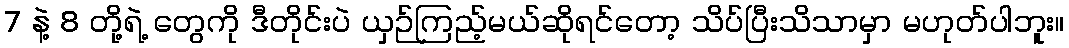
7 နဲ့ 8 တို့ရဲ့ တွေကို ဒီတိုင်းပဲ ယှဉ်ကြည့်မယ်ဆိုရင်တော့ သိပ်ပြီးသိသာမှာ မဟုတ်ပါဘူး။